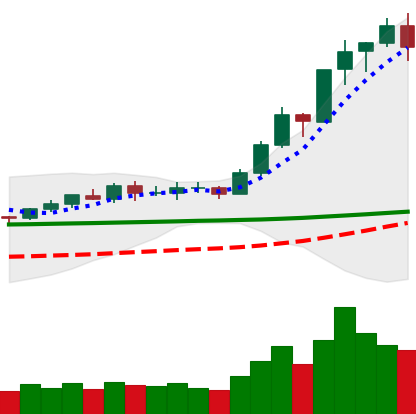
Ticker: BNB-USD
Chart end date: 2020-02-13
Forward return: -5.432%
Label: down_5_7